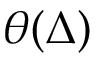
\theta ( \Delta )